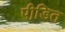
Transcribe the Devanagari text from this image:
पीडि़त